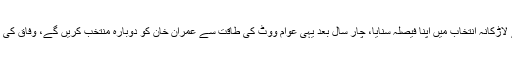
ڈاکٹر فردوس عاشق اعوان نے کہا کہ عوام اصل ایمپائر ہیں جنہوں نے لاڑکانہ انتخاب میں اپنا فیصلہ سنایا، چار سال بعد یہی عوام ووٹ کی طاقت سے عمران خان کو دوبارہ منتخب کریں گے، وفاق کی زنجیر سمجھے جانے والی جماعت چند اضلاع تک محدود ہو گئی ہے۔